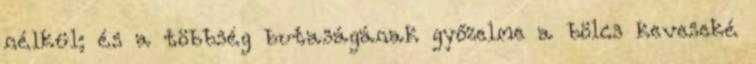
nélkül; és a többség butaságának győzelme a bölcs keveseké